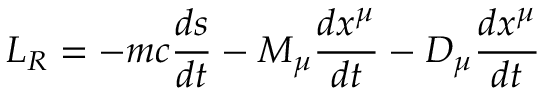
L _ { R } = - m c { \frac { d s } { d t } } - M _ { \mu } { \frac { d x ^ { \mu } } { d t } } - D _ { \mu } { \frac { d x ^ { \mu } } { d t } }